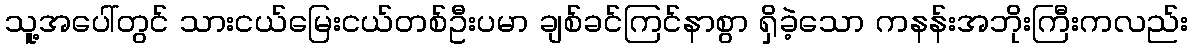
သူ့အပေါ်တွင် သားငယ်မြေးငယ်တစ်ဦးပမာ ချစ်ခင်ကြင်နာစွာ ရှိခဲ့သော ကနန်းအဘိုးကြီးကလည်း